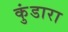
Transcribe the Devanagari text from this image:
कुंडारा